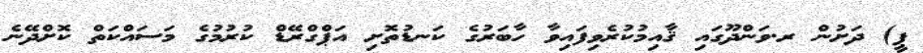
ޕީ) ދަށުން ރ.ވަންދޫގައި ޤާއިމުކުރެވިފައިވާ ހާބަރުގެ ކަނޑުތޮށި އަޕްގްރޭޑް ކުރުމުގެ މަސައްކަތް ކޮށްދޭނެ